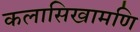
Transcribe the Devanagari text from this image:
कलासिखामणि